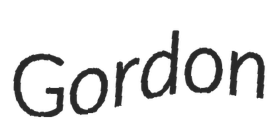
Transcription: Gordon